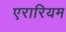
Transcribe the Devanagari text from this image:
एरारियम